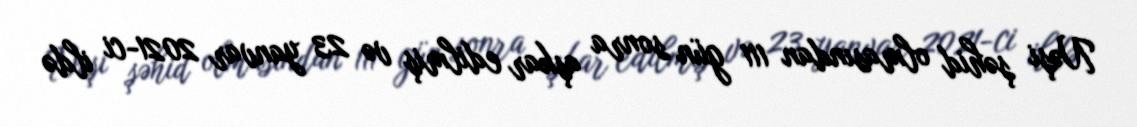
Nəşi şəhid olmasından 111 gün sonra aşkar edilmiş və 23 yanvar 2021-ci ildə